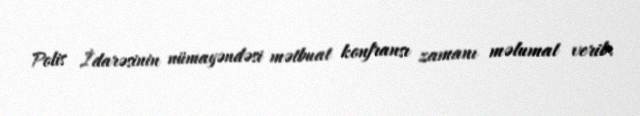
Polis İdarəsinin nümayəndəsi mətbuat konfransı zamanı məlumat verib.